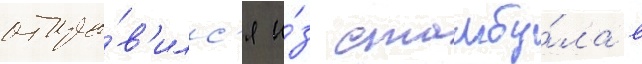
отпра́в'илс'я и́з стамбу́ла в